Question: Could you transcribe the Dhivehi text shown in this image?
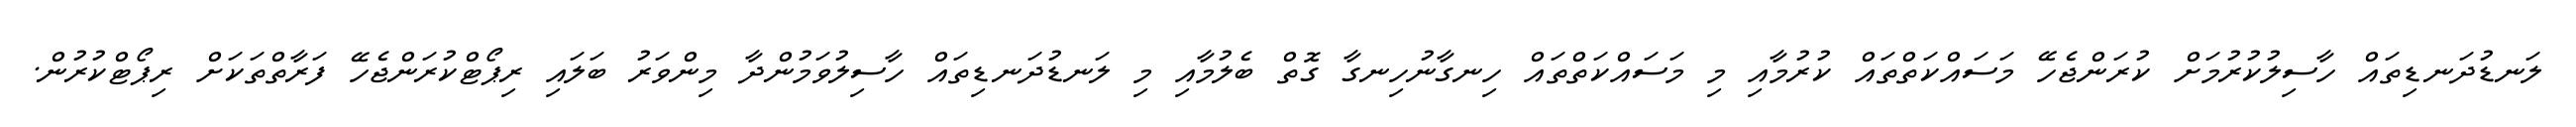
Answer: ލަނޑުދަނޑިތައް ހާސިލުކުރުމަށް ކުރަންޖެހޭ މަސައްކަތްތައް ކުރުމާއި މި މަސައްކަތްތައް ހިނގާނުހިނގާ ގޮތް ބެލުމާއި މި ލަނޑުދަނޑިތައް ހާސިލުވަމުންދާ މިންވަރު ބަލައި ރިޕޯޓްކުރަންޖެހޭ ފަރާތްތަކަށް ރިޕޯޓްކުރުން.